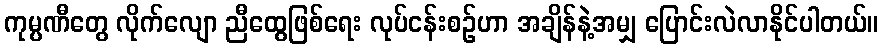
ကုမ္ပဏီတွေ လိုက်လျော ညီထွေဖြစ်ရေး လုပ်ငန်းစဉ်ဟာ အချိန်နဲ့အမျှ ပြောင်းလဲလာနိုင်ပါတယ်။